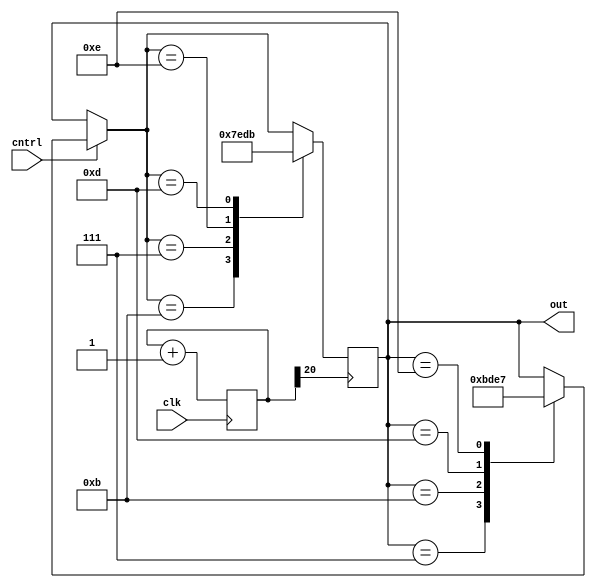
`timescale 1ns / 1ps
//////////////////////////////////////////////////////////////////////////////////
// Company: 
// Engineer: 
// 
// Design Name: 
// Module Name:    stepper 
// Project Name: 
// Target Devices: 
// Tool versions: 
// Description: 
//
// Dependencies: 
//
// Revision: 
// Revision 0.01 - File Created
// Additional Comments: 
//
//////////////////////////////////////////////////////////////////////////////////
module stepper(clk,cntrl,out);
input clk;
input cntrl;
output reg [3:0] out = 4'b0111;
reg [20:0] clkdiv;
always @(posedge clk)
 clkdiv = clkdiv+1;
always @(posedge clkdiv[20])
   begin
   if(cntrl==1)
     begin
        case(out)
              4'b0111: out = 4'b1011;
				  4'b1011: out = 4'b1101;
				  4'b1101: out = 4'b1110;
				  4'b1110: out = 4'b0111;
		  endcase
		  end
	 begin 
	      case(out)
			     4'b1011: out = 4'b0111;
	           4'b0111: out = 4'b1110;
		        4'b1110: out = 4'b1101;
			     4'b1101: out = 4'b1011;
			 endcase
	 end
	end
endmodule